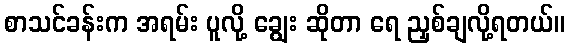
စာသင်ခန်းက အရမ်း ပူလို့ ချွေး ဆိုတာ ရေ ညှစ်ချလို့ရတယ်။